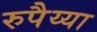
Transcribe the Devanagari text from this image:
रुपैय्या